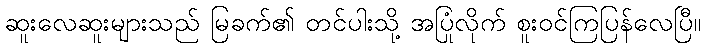
ဆူးလေဆူးများသည် မြခက်၏ တင်ပါးသို့ အပြုံလိုက် စူးဝင်ကြပြန်လေပြီ။